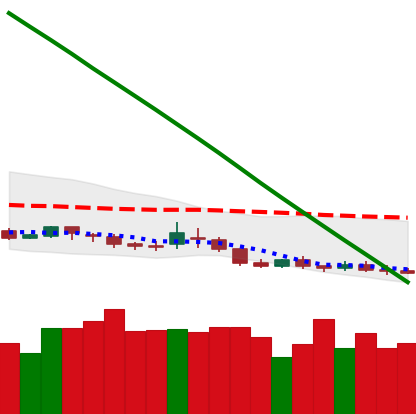
Ticker: DOGE-USD
Chart end date: 2019-02-05
Forward return: 3.072%
Label: up_3_5